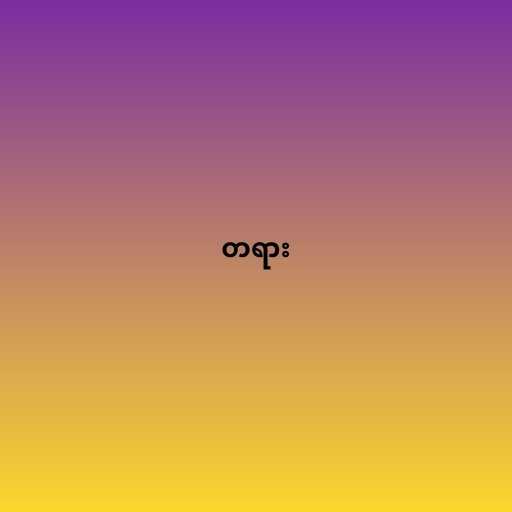
တရား